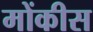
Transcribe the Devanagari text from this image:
मोंकीस